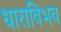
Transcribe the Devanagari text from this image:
धाराविभव